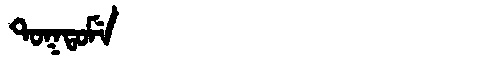
Manchu: ᡨᠣᡴᡨᠣᠮᡝ
Romanization: TOKTOME